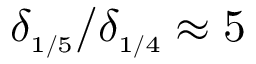
\delta _ { \scriptscriptstyle { 1 / 5 } } / \delta _ { \scriptscriptstyle { 1 / 4 } } \approx 5